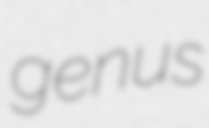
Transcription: genus